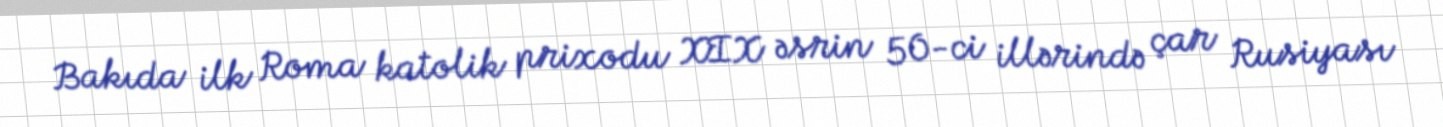
Bakıda ilk Roma katolik prixodu XIX əsrin 50-ci illərində çar Rusiyası